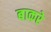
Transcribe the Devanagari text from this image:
बाकरे